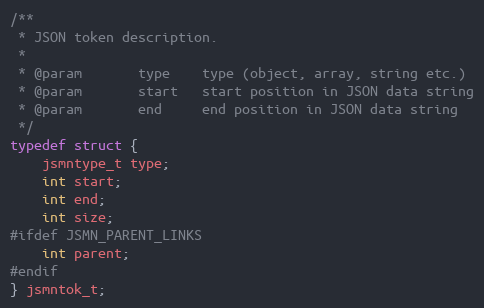
Language: C
/**
 * JSON token description.
 *
 * @param		type	type (object, array, string etc.)
 * @param		start	start position in JSON data string
 * @param		end		end position in JSON data string
 */
typedef struct {
    jsmntype_t type;
    int start;
    int end;
    int size;
#ifdef JSMN_PARENT_LINKS
    int parent;
#endif
} jsmntok_t;